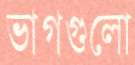
ভাগগুলো